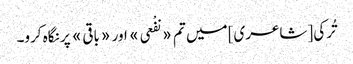
تُرکی [شاعری] میں تم «نفْعی» اور «باقی» پر نگاہ کرو۔